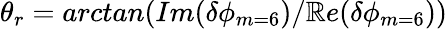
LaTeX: \theta_{r}=arctan(Im(\delta\phi_{m=6})/\mathbb{R}e(\delta\phi_{m=6}))